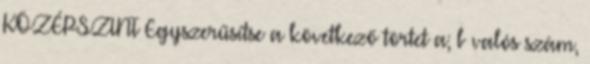
KÖZÉPSZINT Egyszerűsítse a következő törtet a; b valós szám,